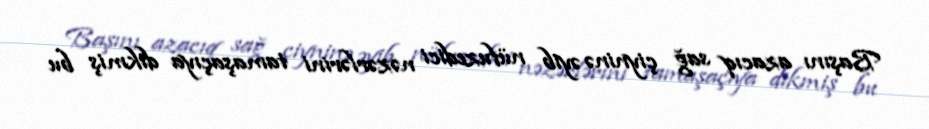
Başını azacıq sağ çiyninə əyib nüfuzedici nəzərlərini tamaşaçıya dikmiş bu